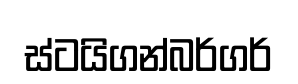
ස්ටයිගන්බර්ගර්